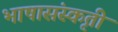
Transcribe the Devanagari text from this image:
भाषासंस्कृती